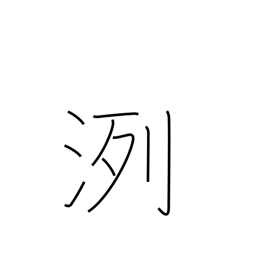
Meaning: pure